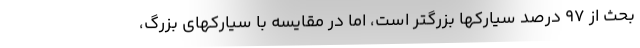
بحث از ۹۷ درصد سیارکها بزرگتر است، اما در مقایسه با سیارکهای بزرگ،